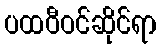
ပထဝီဝင်ဆိုင်ရာ